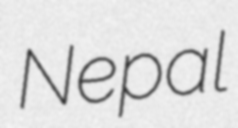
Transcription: Nepal